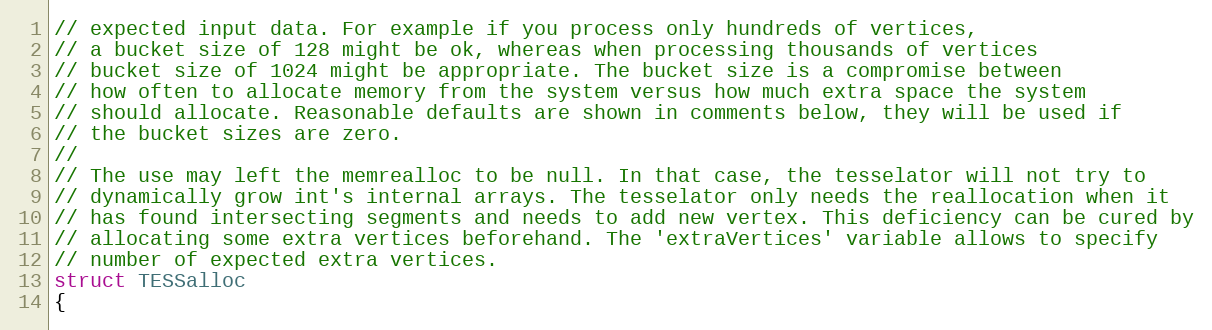
Language: C
// expected input data. For example if you process only hundreds of vertices,
// a bucket size of 128 might be ok, whereas when processing thousands of vertices
// bucket size of 1024 might be appropriate. The bucket size is a compromise between
// how often to allocate memory from the system versus how much extra space the system
// should allocate. Reasonable defaults are shown in comments below, they will be used if
// the bucket sizes are zero.
//
// The use may left the memrealloc to be null. In that case, the tesselator will not try to
// dynamically grow int's internal arrays. The tesselator only needs the reallocation when it
// has found intersecting segments and needs to add new vertex. This deficiency can be cured by
// allocating some extra vertices beforehand. The 'extraVertices' variable allows to specify
// number of expected extra vertices.
struct TESSalloc
{